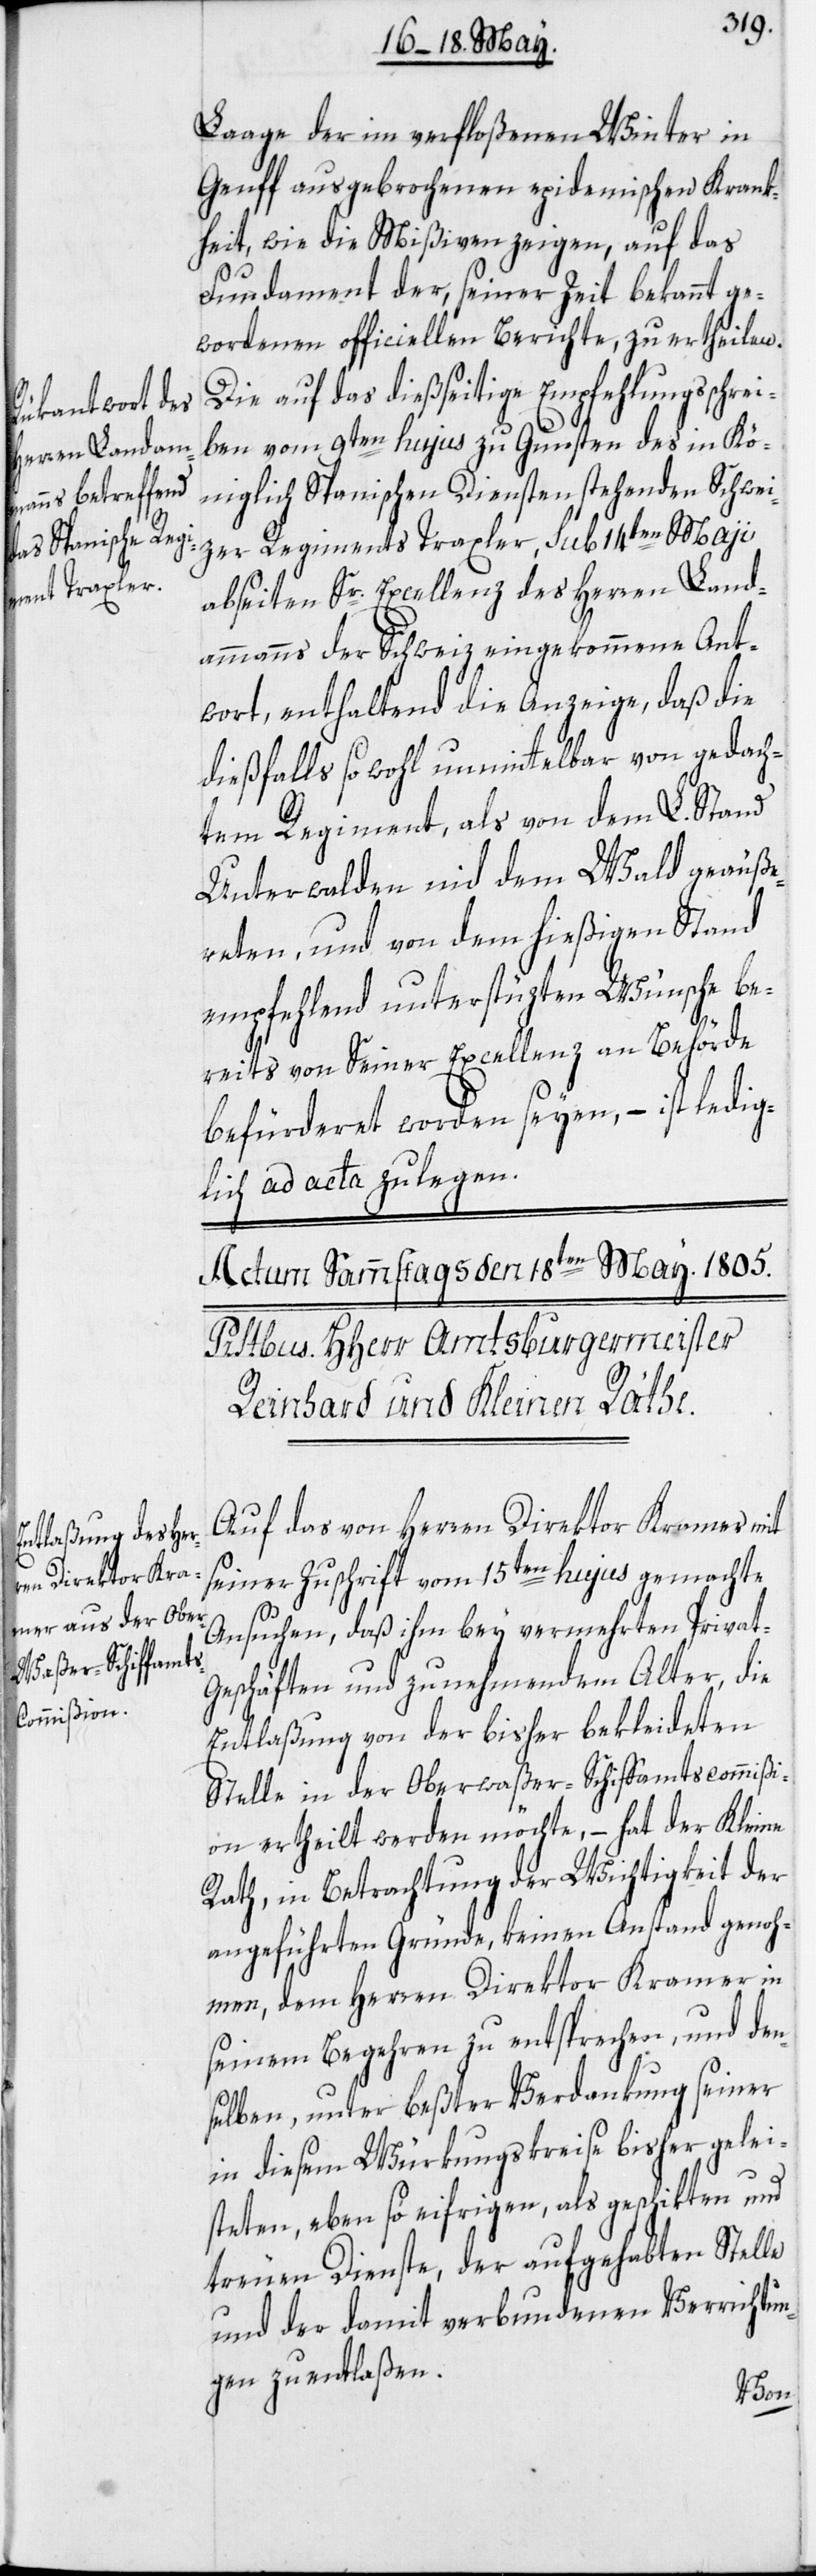
Laage der im verfloßenen Winter in
Genff ausgebrochenen epidemischen Krank¬
heit, wie die Mißiven zeigen, auf das
Fundament der, seiner Zeit bekannt ge¬
wordenen officiellen Berichte, zu ertheilen.
Die auf das dießseitige Empfehlungsschrei¬
ben vom 9ten hujus zu Gunsten des in Kö¬
niglich Spanischen Diensten stehenden Schwei¬
zer Regiments Traxler, sub 14ten Maii
abseiten Sr. Excellenz des Herren Land¬
ammanns der Schweiz eingekommene Ant¬
wort, enthaltend die Anzeige, daß die
dießfalls so wohl unmittelbar von gedach¬
tem Regiment, als von dem L. Stand
Unterwalden nid dem Wald geäuße¬
reten, und von dem hießigen Stand
empfehlend unterstüzten Wünsche be¬
reits von Seiner Excellenz an Behörde
befürderet worden seyen, – ist ledig¬
lich ad acta zu legen.
Auf das von Herren Direktor Kramer mit
seiner Zuschrift vom 15ten hujus gemachte
Ansuchen, daß ihm bey vermehrten Privat-G¬
eschäften und zunehmendem Alter, die
Entlaßung von der bisher bekleideten
Stelle in der Oberwaßer-Schiffamtscommißi¬
on ertheilt werden möchte, – hat der Kleine
Rath, in Betrachtung der Wichtigkeit der
angeführten Gründe, keinen Anstand genoh¬
men, dem Herren Direktor Kramer in
seinem Begehren zu entsprechen, und den¬
selben, unter beßter Verdankung seiner
in diesem Würkungskreise bisher gelei¬
steten, eben so eifrigen, als geschikten und
treuen Dienste, der aufgehabten Stelle
und der damit verbundenen Verrichtun¬
gen zu entlaßen.